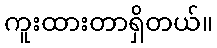
ကူးထားတာရှိတယ်။